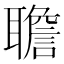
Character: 聸